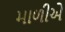
માળીએ